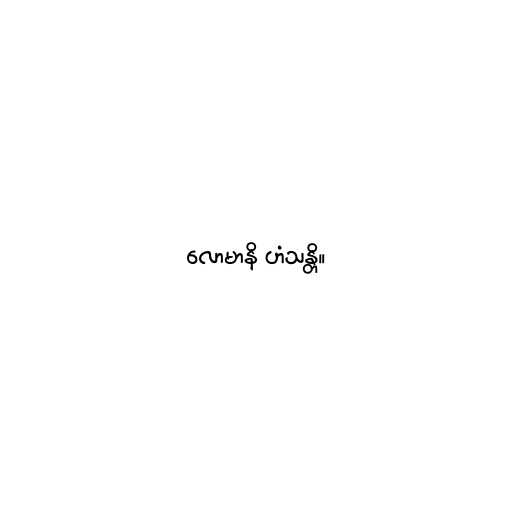
လောမာနိ ဟံသန္တိ။